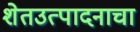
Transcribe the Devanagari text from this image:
शेतउत्पादनाचा